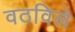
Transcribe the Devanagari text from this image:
वठविले